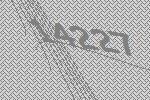
14227